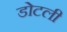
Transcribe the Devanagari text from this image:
डोटली